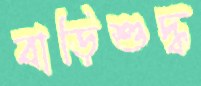
বাড়িশুদ্ধ